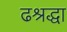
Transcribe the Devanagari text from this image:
ढश्रद्धा